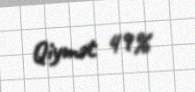
Qiymət 49%